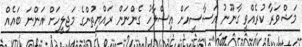
މަޝްވަރާ ކުރެއްވީ ގާނޫނު އަސާސީއަށް އިސްލާހު ގެންނަން ރައްޔިތުންގެ މަޖިލީހަށް އަންނަ ބައެއް